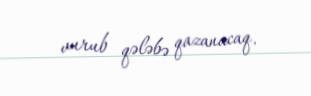
vurub qələbə qazanacaq.